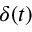
\delta ( t )